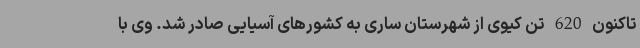
تاکنون 620 تن کیوی از شهرستان ساری به کشورهای آسیایی صادر شد. وی با